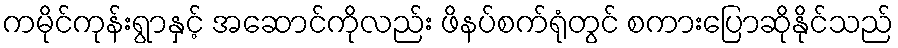
ကမိုင်ကုန်းရွာနှင့် အဆောင်ကိုလည်း ဖိနပ်စက်ရုံတွင် စကားပြောဆိုနိုင်သည်